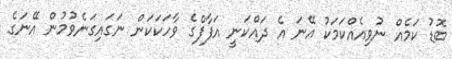
ބޮޑު ކަމެއް ނުވިއެއްކަމަކު އޭނަ އެ ދައްކަނީ އަފާފްގެ ވާހަކަކަން ނަގައިގަނެވުމުން އޭނަގެ